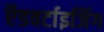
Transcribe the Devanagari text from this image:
ऍडवर्टाइजिंग